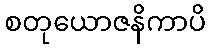
စတုယောဇနိကာပိ